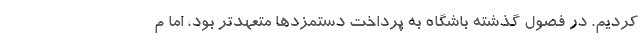
کردیم. در فصول گذشته باشگاه به پرداخت دستمزدها متعهدتر بود، اما م